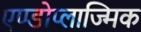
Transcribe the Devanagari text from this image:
एण्डोप्लाज्मिक